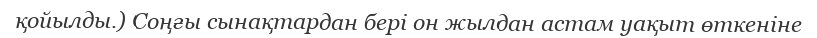
қойылды.) Соңғы сынақтардан бері он жылдан астам уақыт өткеніне